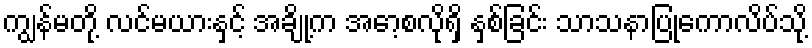
ကျွန်မတို့ လင်မယားနှင့် အချို့က အော့စလိုရှိ နှစ်ခြင်း သာသနာပြုကောလိပ်သို့